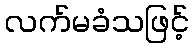
လက်မခံသဖြင့်